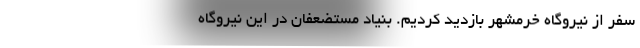
سفر از نیروگاه خرمشهر بازدید کردیم. بنیاد مستضعفان در این نیروگاه